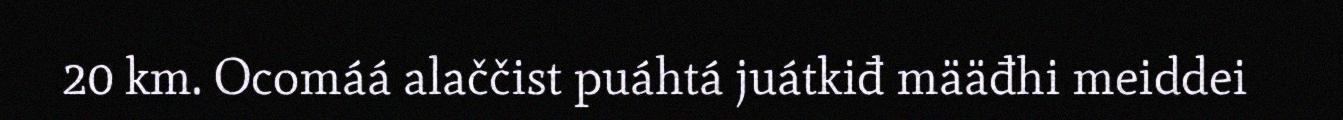
20 km. Ocomáá alaččist puáhtá juátkiđ määđhi meiddei